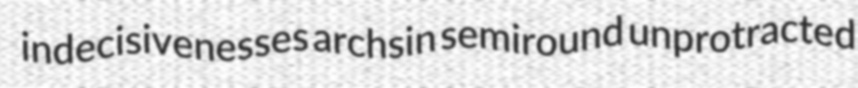
indecisivenesses archsin semiround unprotracted